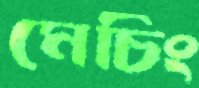
মেচিং